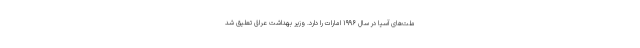
ملت‌های آسیا در سال ۱۹۹۶ امارات را دارد. وزیر بهداشت عراق تعلیق شد